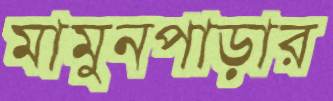
মামুনপাড়ার